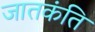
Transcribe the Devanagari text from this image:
जातकंति